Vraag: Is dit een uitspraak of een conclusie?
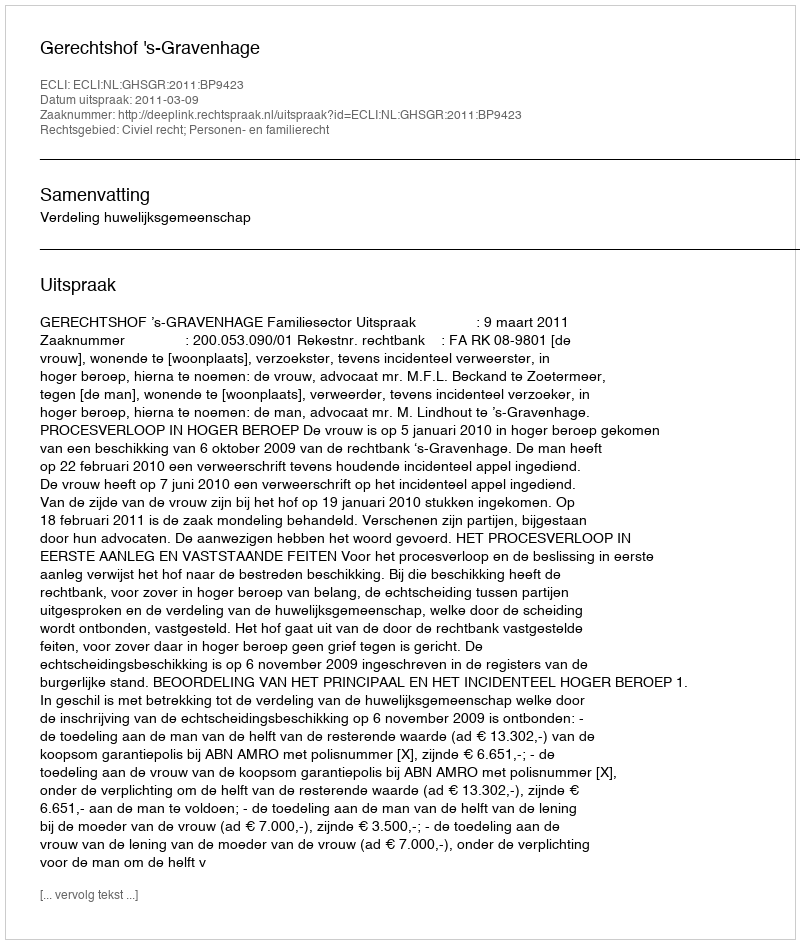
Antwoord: Uitspraak